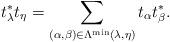
LaTeX: \begin{align*}t_\lambda^* t_\eta=\sum_{(\alpha,\beta)\in \Lambda^{\operatorname{min}}(\lambda,\eta)} t_\alpha t^*_\beta. \end{align*}